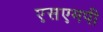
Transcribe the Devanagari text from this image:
एसएमपी